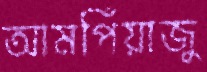
আমপিঁয়াজু